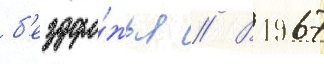
б'ездоро́жья // В 1967